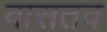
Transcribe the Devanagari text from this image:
वासतव